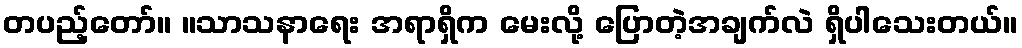
တပည့်တော်။ ။သာသနာရေး အရာရှိက မေးလို့ ပြောတဲ့အချက်လဲ ရှိပါသေးတယ်။